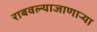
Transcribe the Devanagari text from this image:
राबवल्याजाणार्‍या